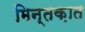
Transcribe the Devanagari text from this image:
मिन्तक़ात